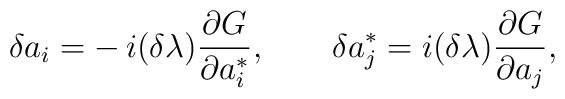
\delta a_i = -\,{i}(\delta\lambda){\partial G\over\partial a_i^*},\qquad \delta a_j^* = {i}(\delta\lambda){\partial G\over\partial a_j},